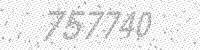
Solution: 757740